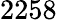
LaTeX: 2258